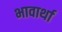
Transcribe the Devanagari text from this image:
भावार्था